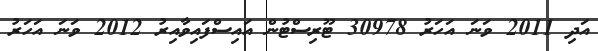
އަދި 2011 ވަނަ އަހަރު 30978 ޓޫރިސްޓުން އައިސްފައިވާއިރު 2012 ވަނަ އަހަރު